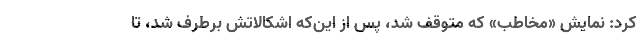
کرد: نمایش «مخاطب» که متوقف شد، پس از این‌که اشکالاتش برطرف شد، تا